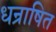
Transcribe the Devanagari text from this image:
धन्राषित